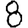
Digit: 8